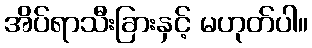
အိပ်ရာသီးခြားနှင့် မဟုတ်ပါ။